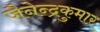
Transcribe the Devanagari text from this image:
जैनेन्द्रकुमार